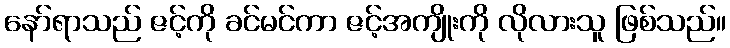
နော်ရာသည် ဇင့်ကို ခင်မင်ကာ ဇင့်အကျိုးကို လိုလားသူ ဖြစ်သည်။